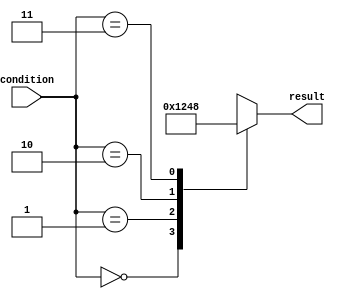
module unique_case_example (
    input [1:0] condition,
    output reg [3:0] result
);

always @*
begin
    case (condition)
        2'b00: result = 4'b0001; // Execute if condition is '00'
        2'b01: result = 4'b0010; // Execute if condition is '01'
        2'b10: result = 4'b0100; // Execute if condition is '10'
        2'b11: result = 4'b1000; // Execute if condition is '11'
        default: result = 4'b1111; // Default case if none of the conditions are met
    endcase
end

endmodule